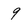
Character: 9